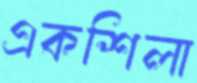
একশিলা